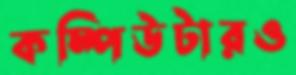
কম্পিউটারও